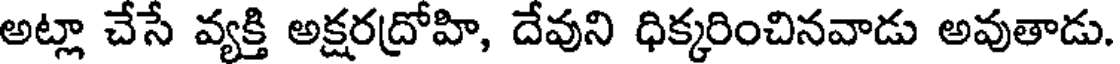
అట్లా చేసే వ్యక్తి అక్షరద్రోహి, దేవుని ధిక్కరించినవాడు అవుతాడు.